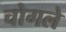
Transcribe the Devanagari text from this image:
चोगले